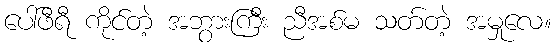
ပေါ်ဖီရီ ကိုင်တဲ့ အဘွားကြီး ညီအစ်မ သတ်တဲ့ အမှုလေ။